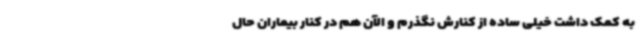
به کمک داشت خیلی ساده از کنارش نگذرم و الآن هم در کنار بیماران حال